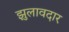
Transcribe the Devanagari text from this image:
झुलावदार